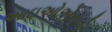
આઇઓએસનો